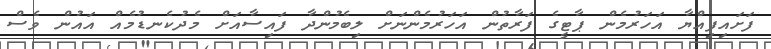
ފަށައިފިއްޔާ އަހަރުމެން ޕާޓީގެ ފަރާތުން އަހަރުމެންނަށް ލިބެމުންދާ ފައިސާއަށް މެދުކެނޑުމެއް އައުން ވެސް